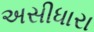
અસીધારા